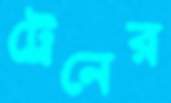
ট্রেনের